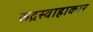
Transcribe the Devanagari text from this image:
रूद्रस्वाहाकार